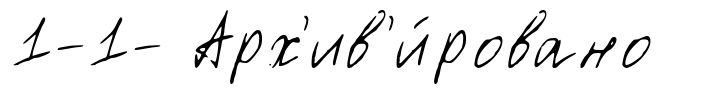
1-1- Арх'ив'и́ровано